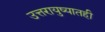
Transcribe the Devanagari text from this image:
उत्तरायुष्यातही